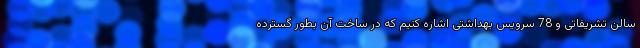
سالن تشریفاتی و 78 سرویس بهداشتی اشاره کنیم که در ساخت آن بطور گسترده